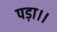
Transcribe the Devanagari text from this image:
पड़ा।।